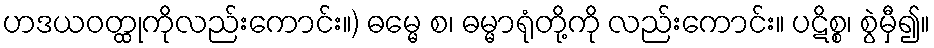
ဟဒယဝတ္ထုကိုလည်းကောင်း။) ဓမ္မေ စ၊ ဓမ္မာရုံတို့ကို လည်းကောင်း။ ပဋိစ္စ၊ စွဲမှီ၍။